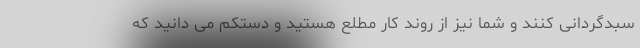
سبدگردانی کنند و شما نیز از روند کار مطلع هستید و دستکم می دانید که